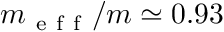
m _ { \mathrm { ~ e ~ f ~ f ~ } } / m \simeq 0 . 9 3